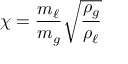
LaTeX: \chi = { \frac { m _ { \ell } } { m _ { g } } } { \sqrt { \frac { \rho _ { g } } { \rho _ { \ell } } } }